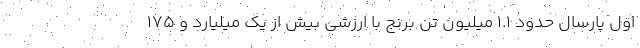
اول پارسال حدود ۱.۱ میلیون تن برنج با ارزشی بیش از یک میلیارد و ۱۷۵